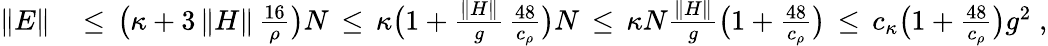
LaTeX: \begin{array}{rl}{\| E\| }&{\, \leq\, \big(\kappa+3\, \| H\| \, \frac{16}{\rho}\big)N\, \leq\, \kappa\big(1+\frac{\| H\| }{g}\, {\frac{48}{c_{\rho}}}\big)N\, \leq\, \kappa N\frac{\| H\| }{g}{\big(1+\frac{48}{c_{\rho}}\big)}\, \leq\, c_{\kappa}{\big(1+\frac{48}{c_{\rho}}\big)}g^{2}\; ,}\end{array}